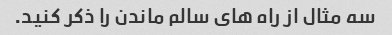
سه مثال از راه های سالم ماندن را ذکر کنید.